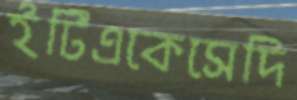
ইটিএকেসেদি